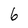
Character: 6